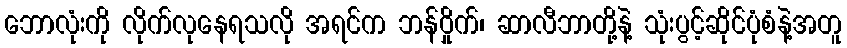
ဘောလုံးကို လိုက်လုနေရသလို အရင်က ဘန်ဝှိုက်၊ ဆာလီဘာတို့နဲ့ သုံးပွင့်ဆိုင်ပုံစံနဲ့အတူ